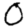
Digit: 0